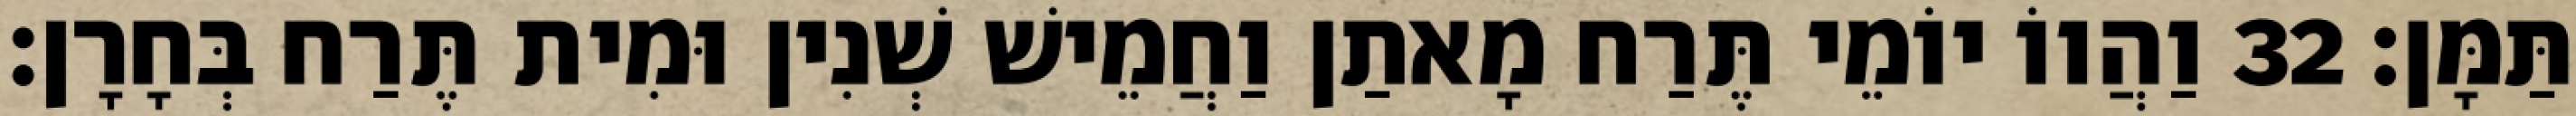
תַּמָּן׃ 32 וַהֲווֹ יוֹמֵי תֶּרַח מָאתַן וַחֲמֵישׁ שְׁנִין וּמִית תֶּרַח בְּחָרָן׃